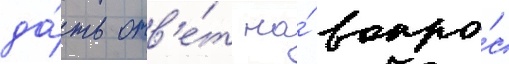
да́ть отв'е́т на́ вопро́с